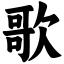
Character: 歌